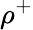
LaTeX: \rho^{+}